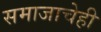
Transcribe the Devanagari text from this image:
समाजाचेही